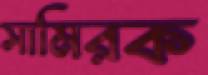
সামিরক